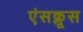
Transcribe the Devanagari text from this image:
एंसक्लूस